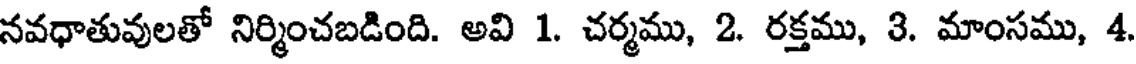
నవధాతువులతో నిర్మించబడింది. అవి 1. చర్మము, 2. రక్తము, 3. మాంసము, 4